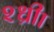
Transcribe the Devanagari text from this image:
श्ध्रीा